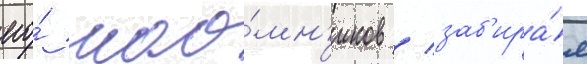
его́ нао́мн'иков / заб'ира́я